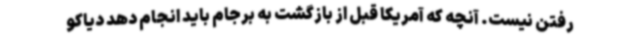
رفتن نیست. آنچه که آمریکا قبل از بازگشت به برجام باید انجام دهد دیاکو